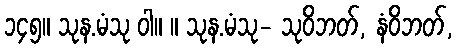
၁၄၅။ သုန.မံသု ဝါ။ ။ သုန.မံသု- သုဝိဘတ်, နံဝိဘတ်,